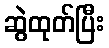
ဆွဲထုတ်ပြီး